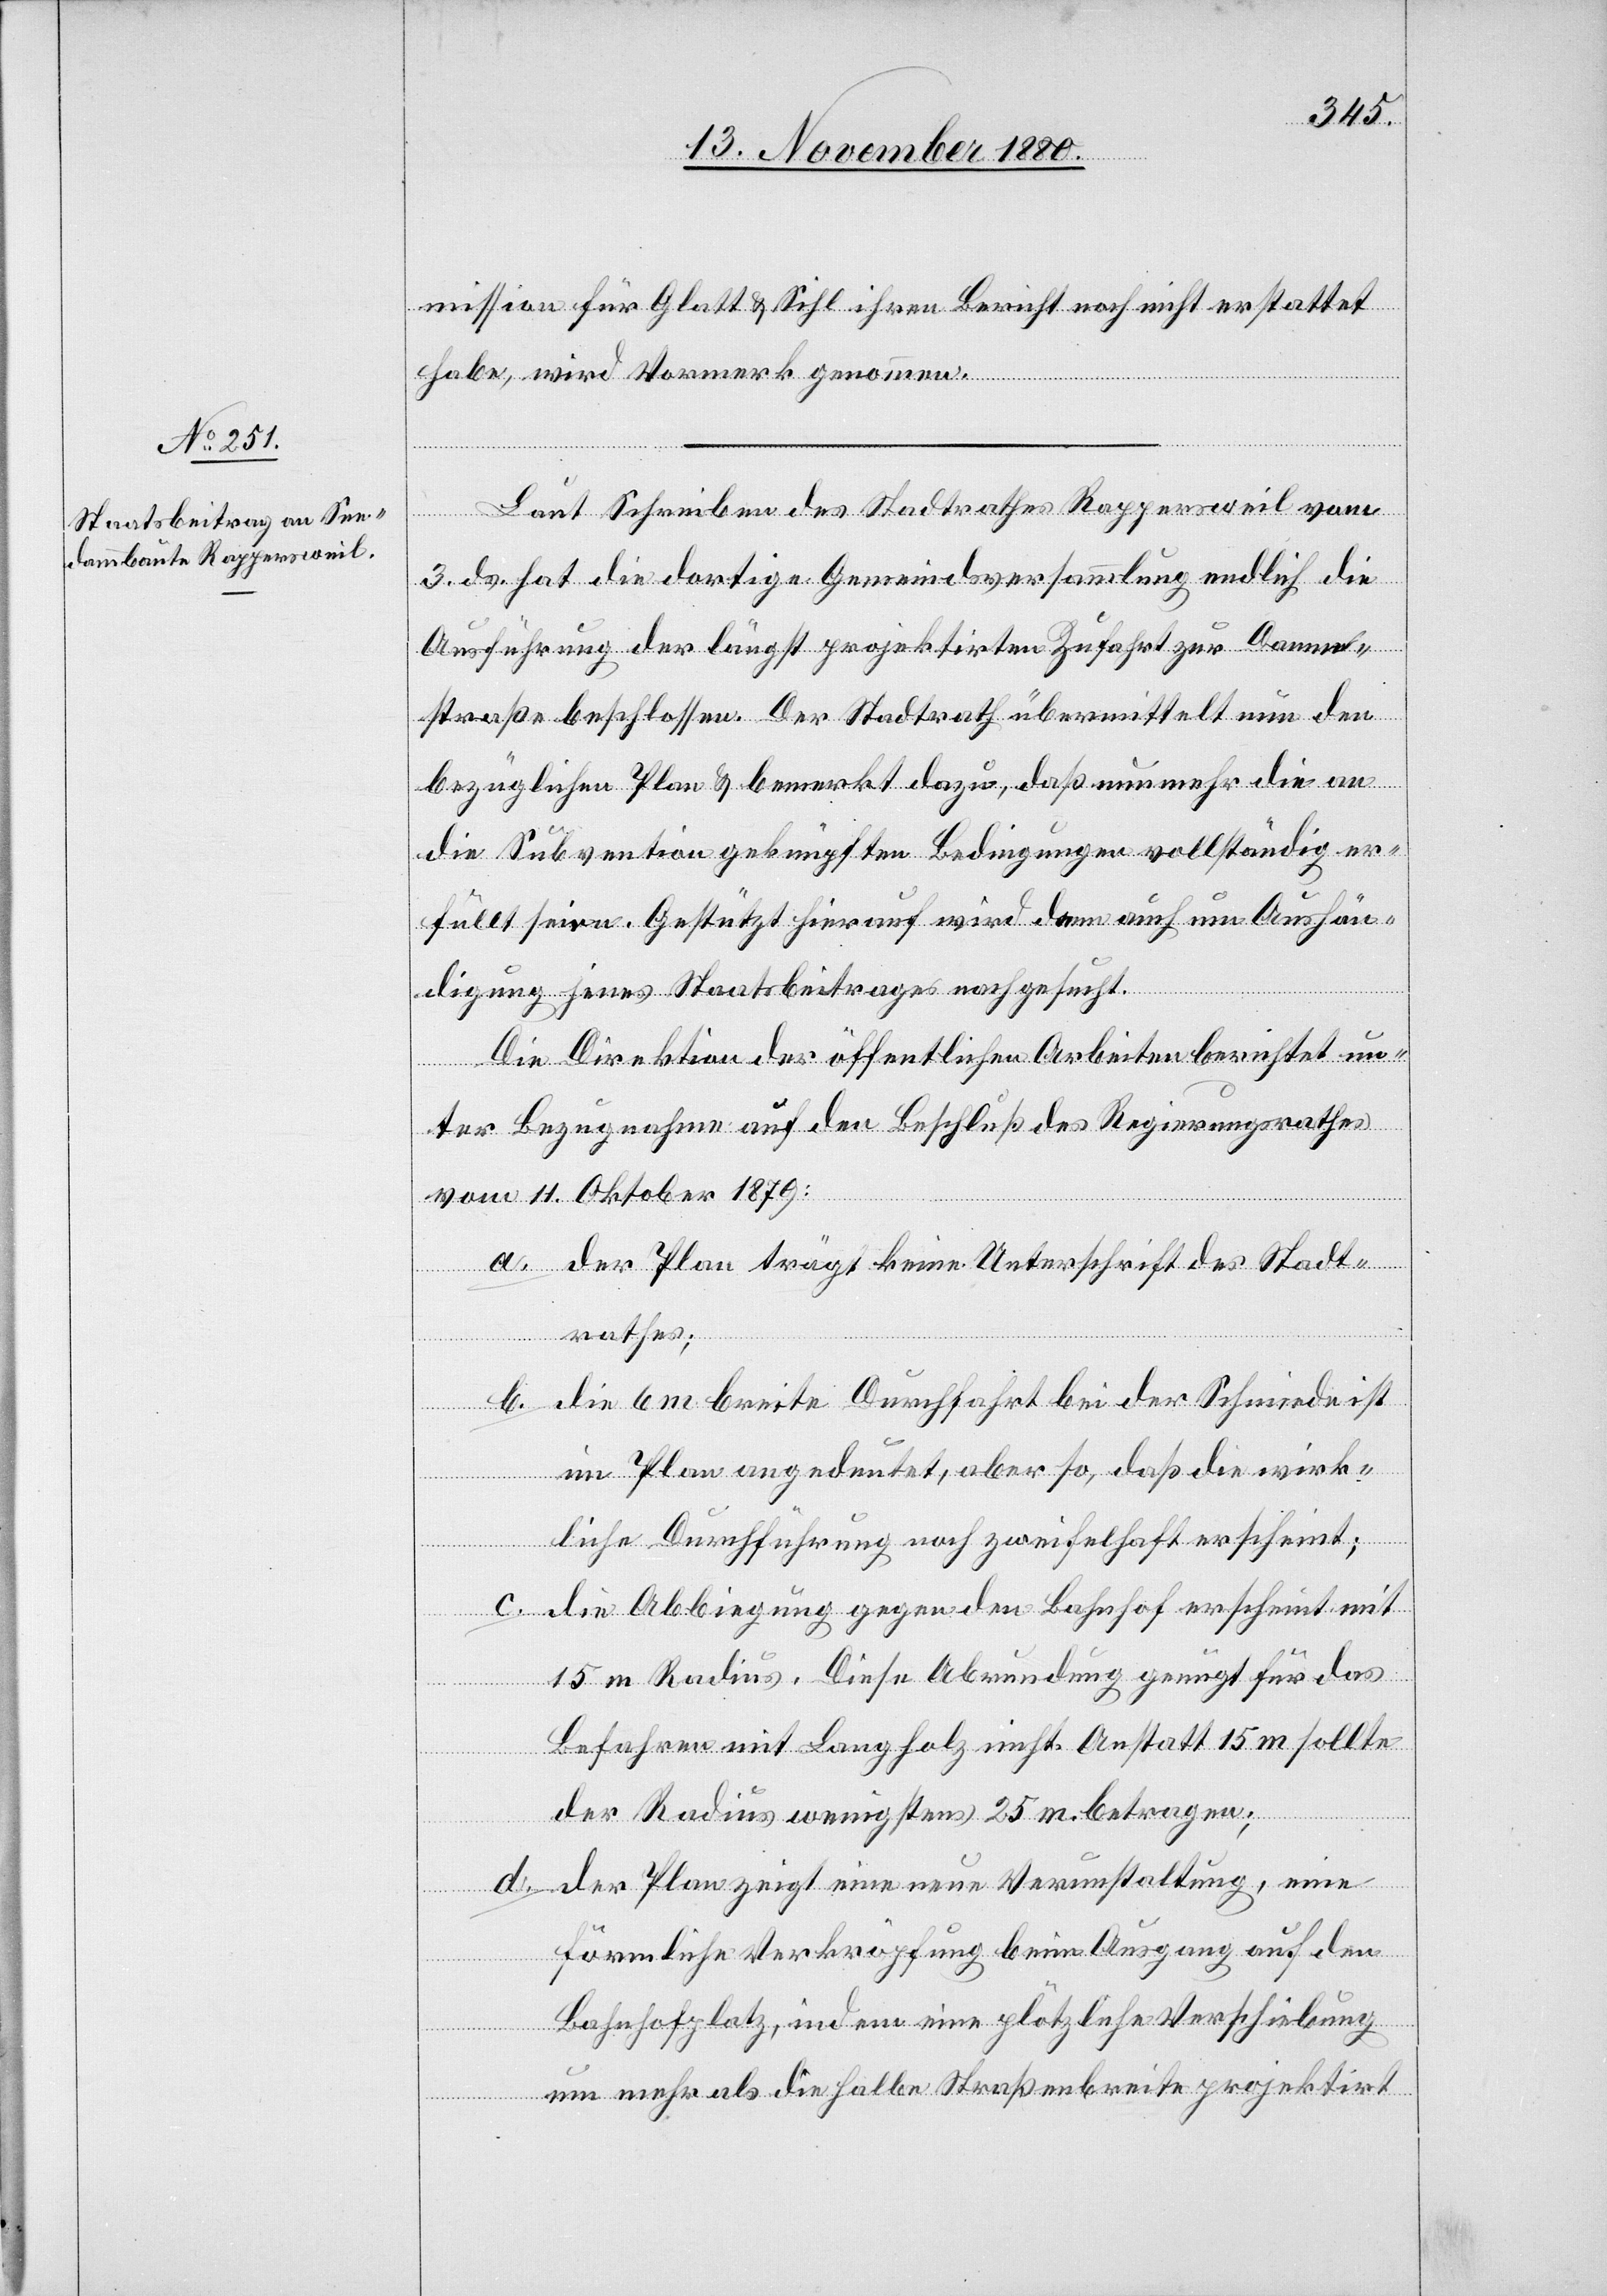
mission für Glatt & Sihl ihren Bericht noch nicht erstattet
habe, wird Vormerk genommen.
Laut Schreiben des Stadtrathes Rappersweil vom
3. ds. hat die dortige Gemeindsversammlung endlich die
Ausführung der längst projektirten Zufahrt zur Damm¬
straße beschlossen. Der Stadtrath übermittelt nun den
bezüglichen Plan & bemerkt dazu, daß nunmehr die an
die Subvention geknüpfte Bedingungen vollständig er¬
füllt seien. Gestützt hierauf wird denn auch um Aushän¬
digung jenes Staatsbeitrages nachgesucht.
Die Direktion der öffentlichen Arbeiten berichtet un¬
ter Bezugnahme auf den Beschluß des Regierungsrathes
vom 14. Oktober 1879:
a. der Plan trägt keine Unterschrift des Stadt¬
rathes;
b. die 6 m breite Durchfahrt bei der Schmiede ist
im Plan angedeutet, aber so, daß die wirk¬
liche Durchführung noch zweifelhaft erscheint;
c. die Abbiegung gegen den Bahnhof erscheint mit
15 m Radius. Diese Abrundung genügt für das
d.
Befahren mit Langholz nicht. Anstatt 15 m sollte
der Radius wenigstens 25 m betragen;
der Plan zeigt eine neue Verunstaltung, eine
förmliche Verkröpfung beim Ausgang auf den
Bahnhofplatz, indem eine plötzliche Verschiebung
um mehr als die halbe Straßenbreite projektirt